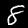
Digit: 8